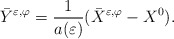
\begin{align*}\bar{Y}^{\varepsilon ,\varphi }=\frac{1}{a(\varepsilon )}(\bar{X}^{\varepsilon ,\varphi }-X^{0}). \end{align*}